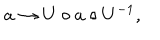
a \rightarrow U \circ a \circ U ^ { - 1 } ,